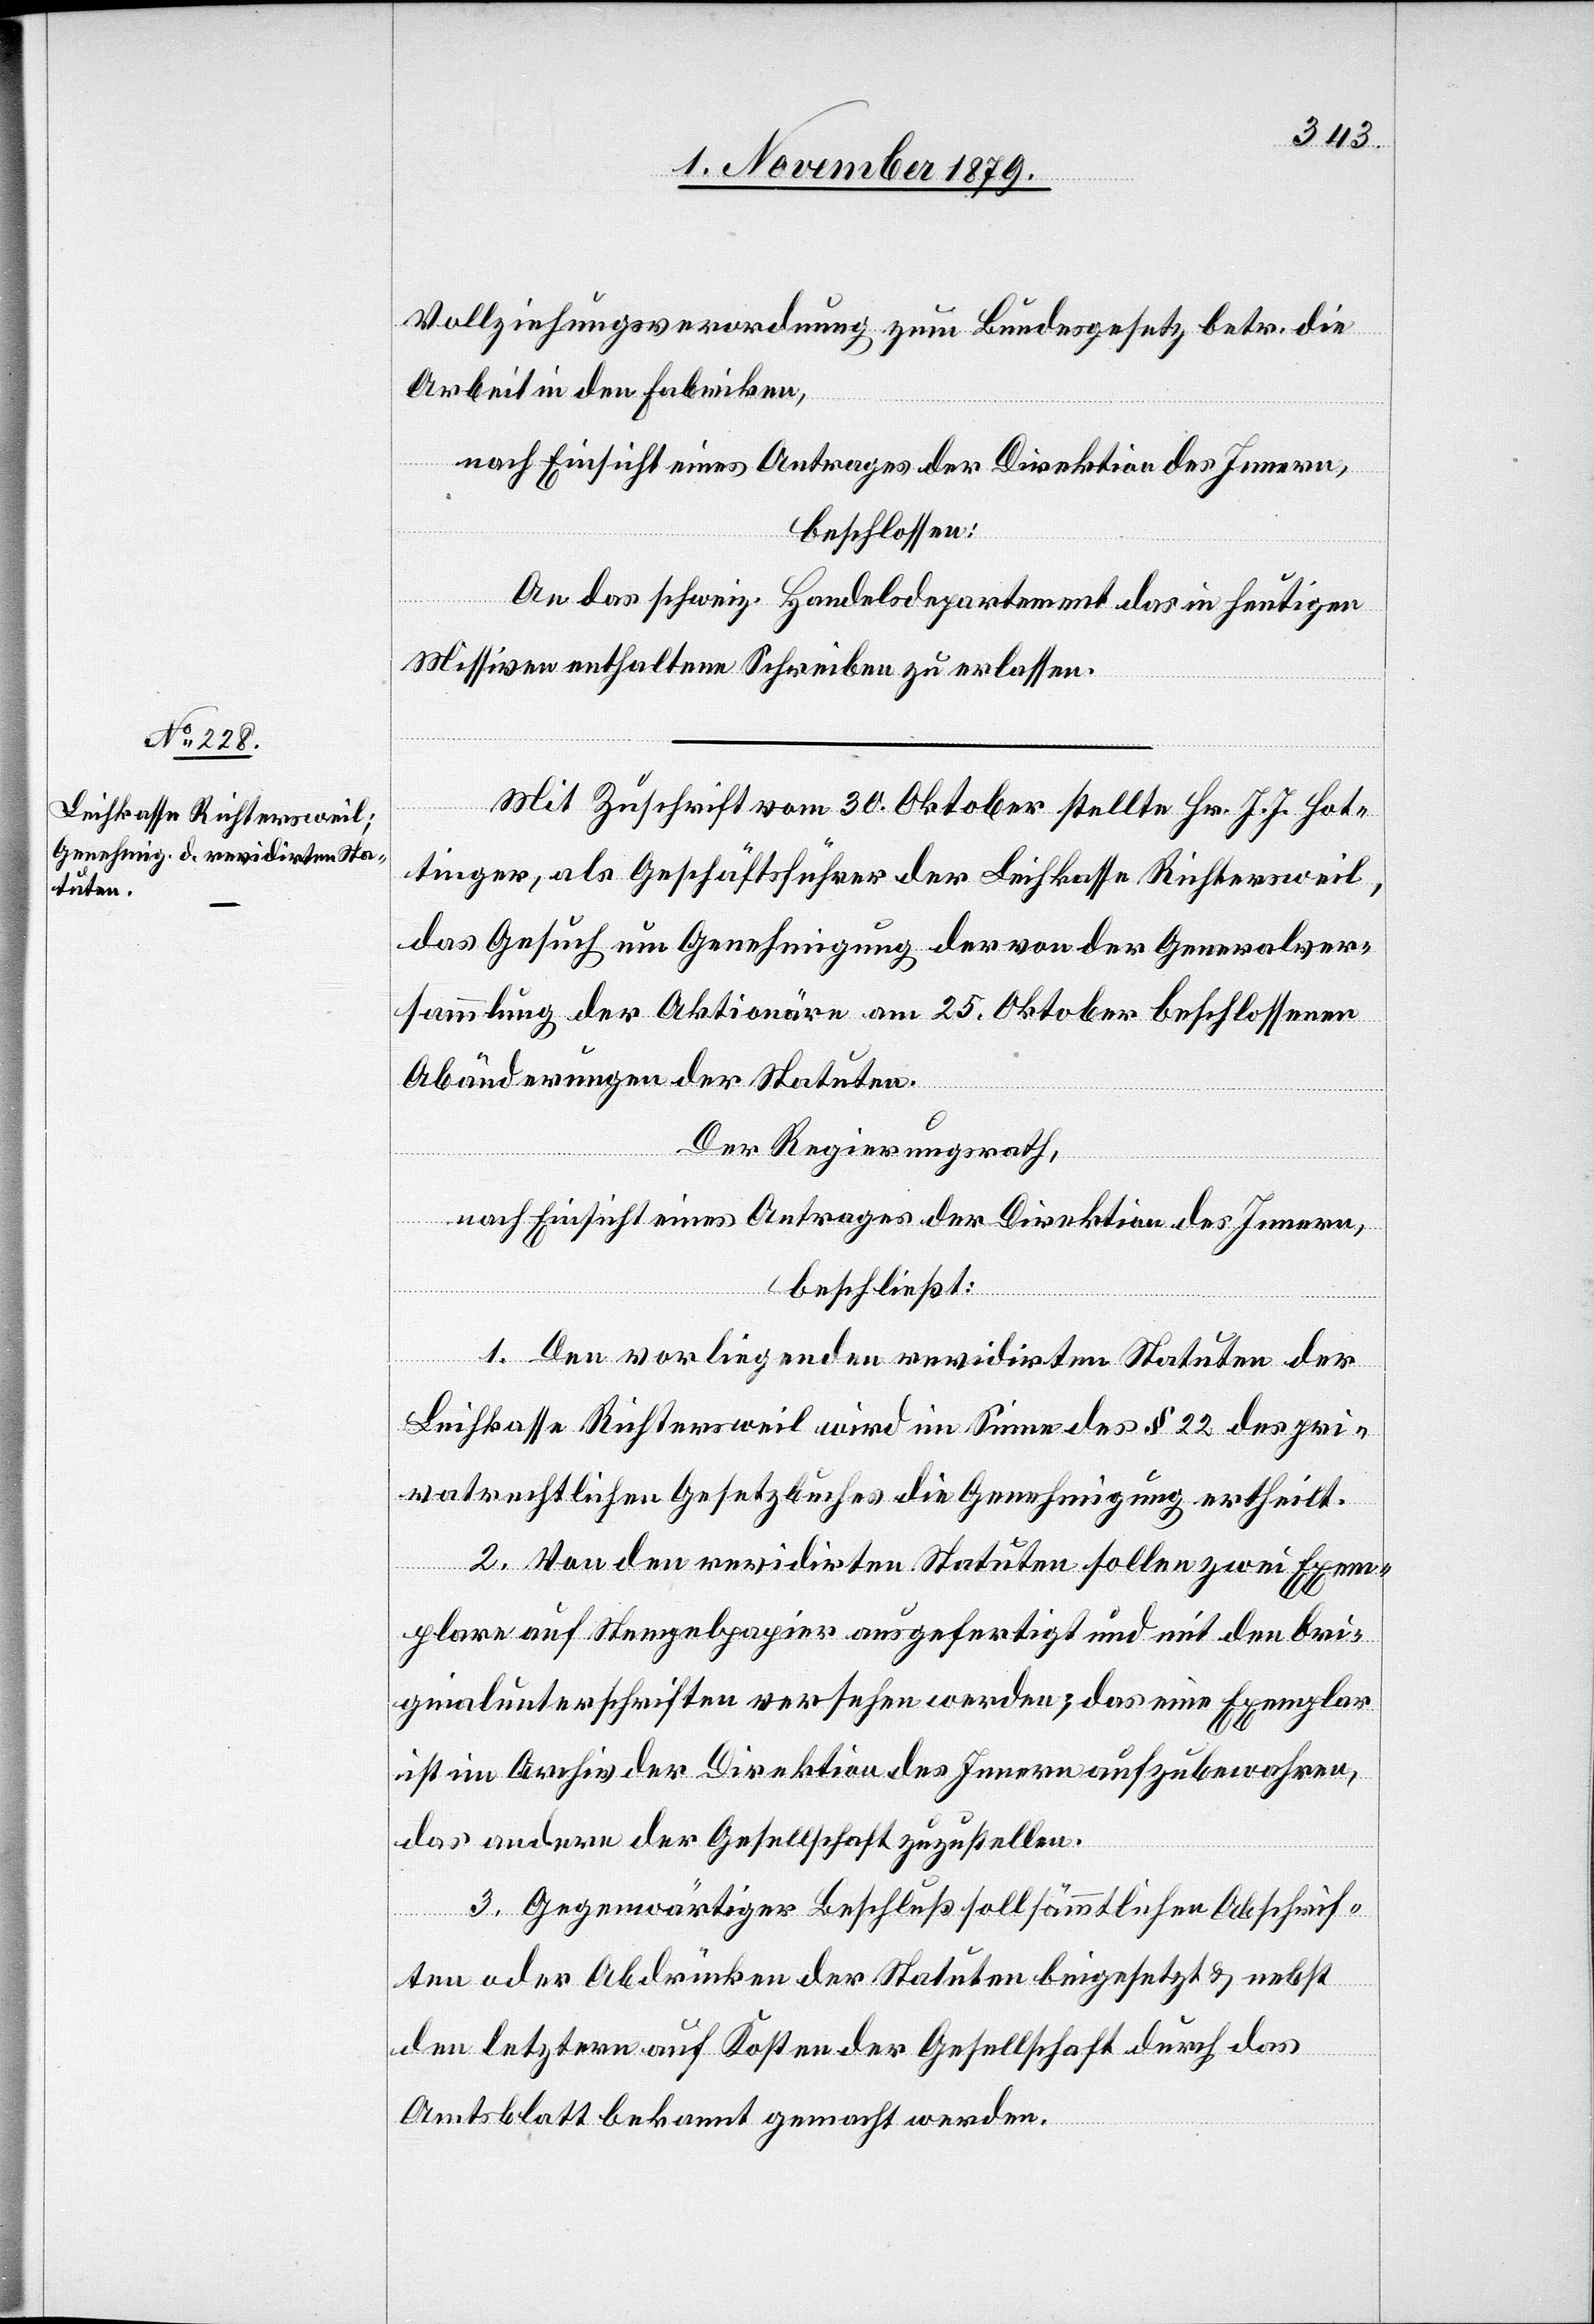
Vollziehungsverordnung zum Bundesgesetz, betr. die
Arbeit in den Fabriken,
nach Einsicht eines Antrages der Direktion des Innern,
beschlossen:
An das schweiz. Handelsdepartement das in heutigen
Missiven enthaltene Schreiben zu erlassen.
Mit Zuschrift vom 30. Oktober stellte Hr. J. J. Hot¬
tinger als Geschäftsführer der Leihkasse Richtersweil,
das Gesuch um Genehmigung der von der Generalver¬
sammlung der Aktionäre am 25. Oktober beschlossenen
Abänderungen der Statuten.
Der Regierungsrath,
nach Einsicht eines Antrages der Direktion des Innern,
beschließt:
1. Den vorliegenden revidirten Statuten der
Leihkasse Richtersweil wird im Sinne des § 22 des pri¬
vatrechtlichen Gesetzbuches die Genehmigung ertheilt.
2. Von den revidirten Statuten sollen zwei Exem¬
plare auf Stempelpapier ausgefertigt und mit den Ori¬
ginalunterschriften versehen werden; das eine Exemplar
ist im Archiv der Direktion des Innern aufzubewahren,
das andere der Gesellschaft zuzustellen.
3. Gegenwärtiger Beschluß soll sämmtlichen Abschrif¬
ten oder Abdrücken der Statuten beigesetzt & nebst
den letztern auf Kosten der Gesellschaft durch das
Amtsblatt bekannt gemacht werden.